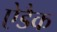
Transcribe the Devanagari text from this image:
ऐडैक